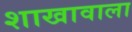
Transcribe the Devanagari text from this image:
शाखावाला